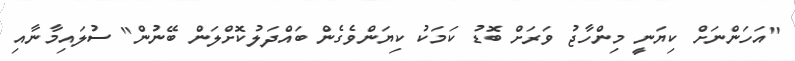
"އަހަންނަށް ކިޔަނީ މިންހާޖު ވަރަށް ބޮޑު ކަމަކު ކިޔަންވެގެން ބައްދަލުކޮށްލަން ބޭނުން" ސުލައިމާނާއި